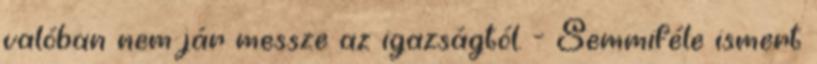
valóban nem jár messze az igazságtól. - Semmiféle ismert